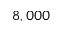
8 , 0 0 0